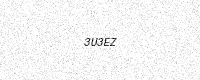
Text: 3U3EZ